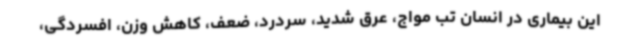
این بیماری در انسان تب مواج، عرق شدید، سردرد، ضعف، کاهش وزن، افسردگی،